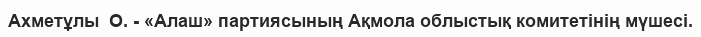
Ахметұлы  О. - «Алаш» партиясының Ақмола облыстық комитетінің мүшесі.